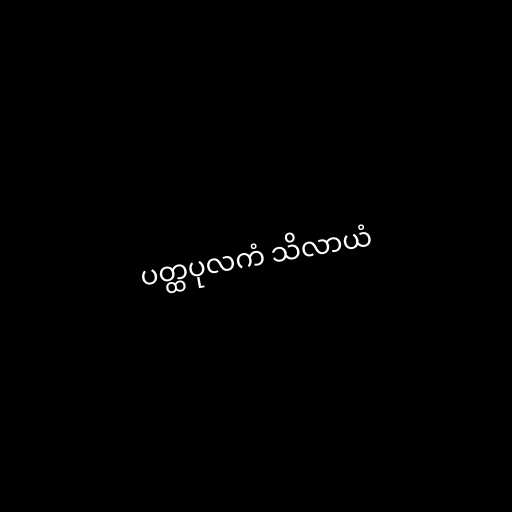
ပတ္ထပုလကံ သိလာယံ